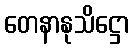
တေနာနုသိဋ္ဌော